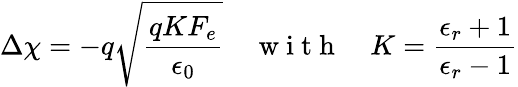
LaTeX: \Delta\chi=-q\sqrt{\frac{qKF_{e}}{\epsilon_{0}}}\quad\mathrm{~w~i~t~h~}\quad K=\frac{\epsilon_{r}+1}{\epsilon_{r}-1}